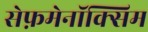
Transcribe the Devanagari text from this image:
सेफ़मेनॉक्सिम